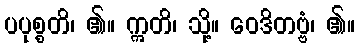
ပပုစ္စတိ၊ ၏။ ဣတိ၊ သို့။ ဝေဒိတဗ္ဗံ၊ ၏။